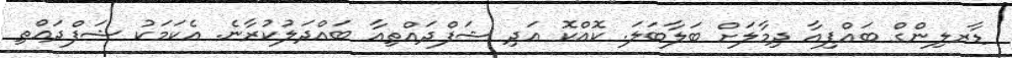
ޑާރލިންގް ބައްޕިއާ ދިމާލަށް ބަލާބަލަ. ކޮއްކޮ އަދި ޝަފްދައްތިއާ ބައްދަލުކުރާނެ. އެކަމަކު ޝަފްދައްތި